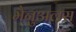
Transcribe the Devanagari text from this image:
मैनुअलस्